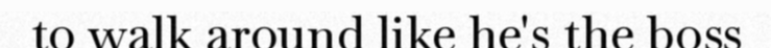
to walk around like he's the boss